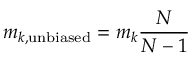
m _ { k , \mathrm { u n b i a s e d } } = m _ { k } \frac { N } { N - 1 }